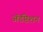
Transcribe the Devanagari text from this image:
अॅडॅप्टेशन